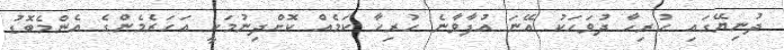
ދުނިޔޭގައި ހުރިހާ ދުވަހަކު އޭނަ އުފާވާނެ ހުރިހާ ކަމެއް ކޮށްދިނުމަކީ އަހަރެމެންގެ އެންމެބޮޑު